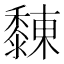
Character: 䵔